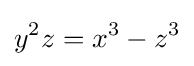
y^{2}z=x^{3}-z^{3}